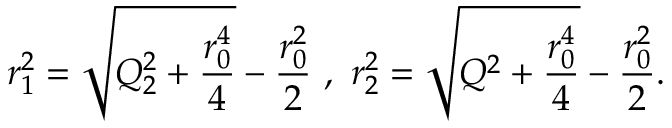
r _ { 1 } ^ { 2 } = \sqrt { Q _ { 2 } ^ { 2 } + \frac { r _ { 0 } ^ { 4 } } { 4 } } - \frac { r _ { 0 } ^ { 2 } } { 2 } \ , \ r _ { 2 } ^ { 2 } = \sqrt { Q ^ { 2 } + \frac { r _ { 0 } ^ { 4 } } { 4 } } - \frac { r _ { 0 } ^ { 2 } } { 2 } .